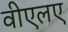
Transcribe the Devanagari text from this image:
वीएलए